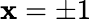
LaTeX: \mathbf{x}=\pm1